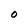
Character: o